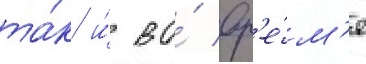
та́к и́ во́ вр'е́м'я